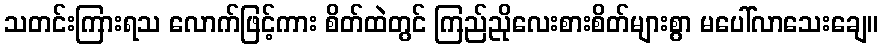
သတင်းကြားရသ လောက်ဖြင့်ကား စိတ်ထဲတွင် ကြည်ညိုလေးစားစိတ်များစွာ မပေါ်လာသေးချေ။